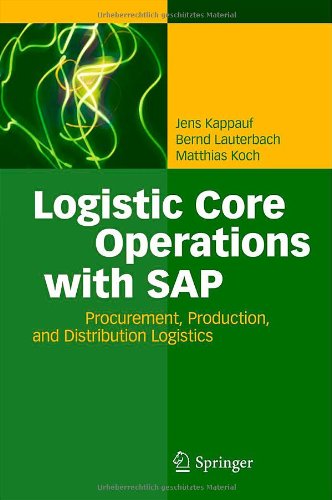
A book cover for Logistic Core Operations with SAP: Procurement, Production and Distribution Logistics; Jens Kappauf; Business & Money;